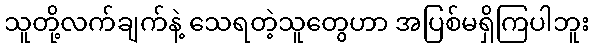
သူတို့လက်ချက်နဲ့ သေရတဲ့သူတွေဟာ အပြစ်မရှိကြပါဘူး